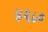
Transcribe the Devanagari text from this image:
४९८०